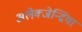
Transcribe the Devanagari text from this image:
अलेक्जेन्द्रिया